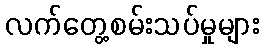
လက်တွေ့စမ်းသပ်မှုများ